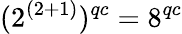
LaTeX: (2^{(2+1)})^{qc}=8^{qc}